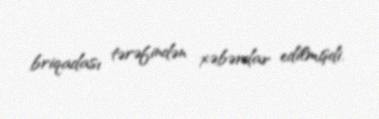
briqadası tərəfindən xəbərdar edilmişdi.